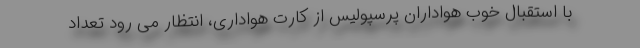
با استقبال خوب هواداران پرسپولیس از کارت هواداری، انتظار می رود تعداد